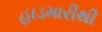
હાડમારીથી